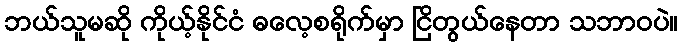
ဘယ်သူမဆို ကိုယ့်နိုင်ငံ ဓလေ့စရိုက်မှာ ငြိတွယ်နေတာ သဘာဝပဲ။